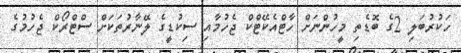
ހަކުރުބަލި 2ގެ ބޮޑެތި މީހުންނަށް ހާޓްއެކޭޓްކް ޖެހުމާއި ސިކުޑީގެ ލޭނާރުތަކަށް ސްޓްރޯކް ޖެހުމުގެ